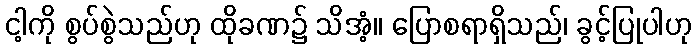
ငါ့ကို စွပ်စွဲသည်ဟု ထိုခဏ၌ သိအံ့။ ပြောစရာရှိသည်၊ ခွင့်ပြုပါဟု